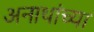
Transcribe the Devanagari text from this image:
अनाथांच्या